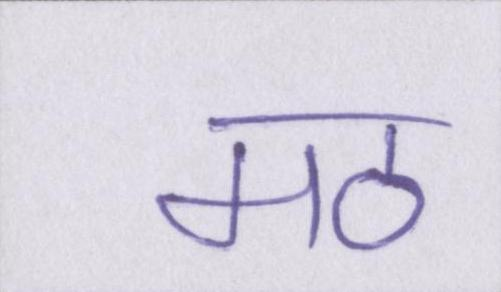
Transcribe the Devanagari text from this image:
मठ